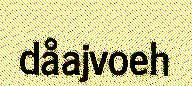
dåajvoeh